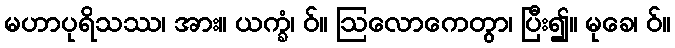
မဟာပုရိသဿ၊ အား။ ယက္ခံ၊ ဝ်။ ဩလောကေတွာ၊ ပြီး၍။ မုခေ၊ ဝ်။